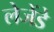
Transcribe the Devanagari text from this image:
लेजेंडे